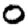
Digit: 0